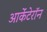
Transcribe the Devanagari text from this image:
आर्केंटेरॉन